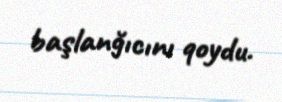
başlanğıcını qoydu.